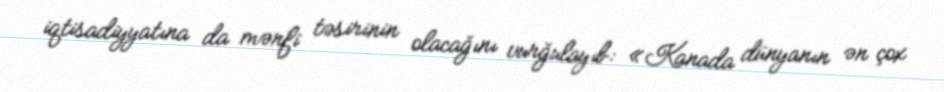
iqtisadiyyatına da mənfi təsirinin olacağını vurğulayıb: «Kanada dünyanın ən çox